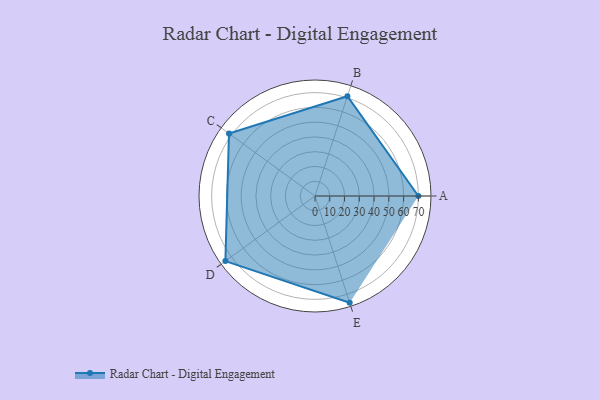
{"axis": {"x": "Skill", "y": "Score"}, "legend": ["Profile"], "data": [{"x": "A", "y": 70.0, "type": "Profile"}, {"x": "B", "y": 71.0, "type": "Profile"}, {"x": "C", "y": 72.0, "type": "Profile"}, {"x": "D", "y": 75.0, "type": "Profile"}, {"x": "E", "y": 76.0, "type": "Profile"}]}